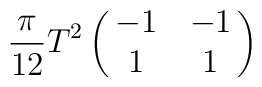
{\pi\over{12}}T^2\left(\matrix{-1&-1\cr1&1\cr}\right)